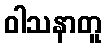
ဝါသနာတူ